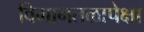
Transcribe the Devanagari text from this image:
विमानतळापेक्षा